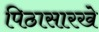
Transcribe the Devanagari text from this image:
पिठासारखे